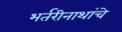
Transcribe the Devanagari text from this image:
भर्तरीनाथांचे